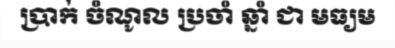
ប្រាក់ ចំណូល ប្រចាំ ឆ្នាំ ជា មធ្យម